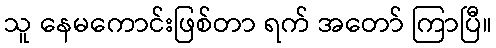
သူ နေမကောင်းဖြစ်တာ ရက် အတော် ကြာပြီ။